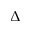
\Delta _ { - }